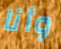
وأنا